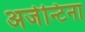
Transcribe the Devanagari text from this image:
अर्जन्टिना